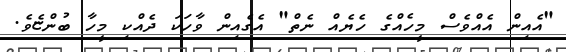
"އެއިން އެއްވެސް މީހެއްގެ ހެޔެއް ނެތް" އެގެއިން ވާހަކަ ދެއްކި މީހާ ބުންޏެވެ.